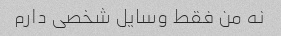
نه من فقط وسایل شخصی دارم